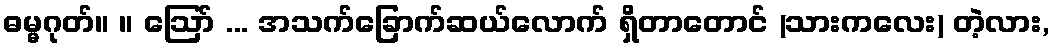
ဓမ္မဂုတ်။ ။ ဩော် ... အသက်ခြောက်ဆယ်လောက် ရှိတာတောင် (သားကလေး) တဲ့လား,